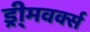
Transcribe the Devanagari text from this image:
ड्री्मवर्क्स